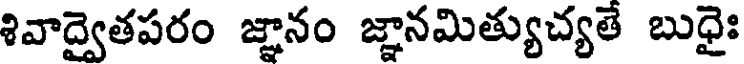
శివాద్వైతపరం జ్ఞానం జ్ఞానమిత్యుచ్యతే బుధైః